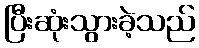
ပြီးဆုံးသွားခဲ့သည်